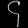
Digit: ၄